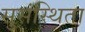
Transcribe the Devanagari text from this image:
सुसंस्थिता